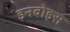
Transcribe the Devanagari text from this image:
इनवोइस